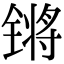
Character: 锵